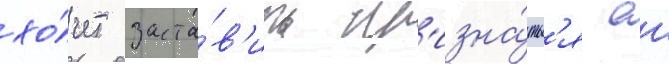
хо́чет заста́в'ить пр'изна́тьс'я еи